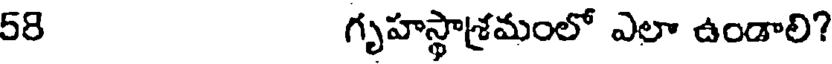
58 గృహస్థాశ్రమంలో ఎలా ఉండాలి?